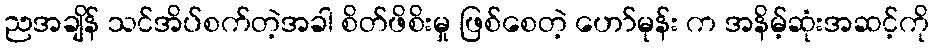
ညအချိန် သင်အိပ်စက်တဲ့အခါ စိတ်ဖိစိးမှု ဖြစ်စေတဲ့ ဟော်မုန်း က အနိမ့်ဆုံးအဆင့်ကို